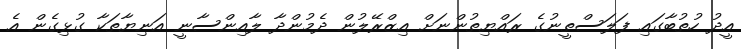
އީދު ހުތުބާގައި ފަލަސްތީނުގެ ރައްޔިތުންނަށް އިޒްރޭލުން ދެމުންދާ ލާއިންސާނީ އަނިޔާތަކާ ގުޅިގެން އެ